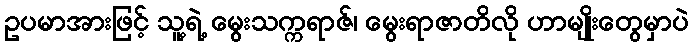
ဥပမာအားဖြင့် သူ့ရဲ့ မွေးသက္ကရာဇ်၊ မွေးရာဇာတိလို ဟာမျိုးတွေမှာပဲ